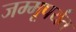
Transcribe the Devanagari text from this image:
जम्मूपर्यंत